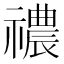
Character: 禯